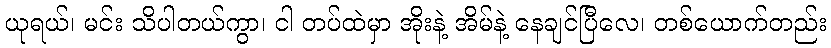
ယုရယ်၊ မင်း သိပါတယ်ကွာ၊ ငါ တပ်ထဲမှာ အိုးနဲ့ အိမ်နဲ့ နေချင်ပြီလေ၊ တစ်ယောက်တည်း